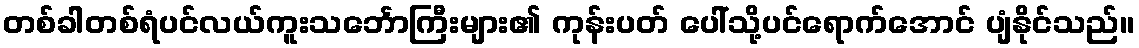
တစ်ခါတစ်ရံပင်လယ်ကူးသင်္ဘောကြီးများ၏ ကုန်းပတ် ပေါ်သို့ပင်ရောက်အောင် ပျံနိုင်သည်။